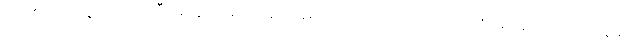
သို့ဖြစ်လျှင် လူ့လောကကြီးအတွက် မည်သည့် အရာသည် ကောင်းသည်ဟု ဆုံးဖြတ်ရာ၌ ရာဇဝင်ဆရာ